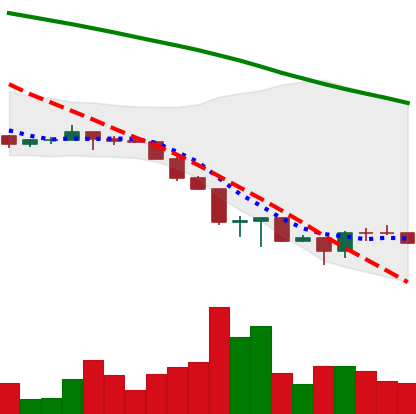
Ticker: ETH-USD
Chart end date: 2022-06-22
Forward return: 13.53%
Label: up_7plus